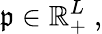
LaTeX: \mathfrak{p}\in\mathbb{{R}}_{+}^{L}\ ,